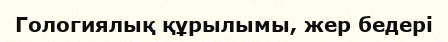
Гологиялық құрылымы, жер бедері